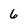
Character: 6